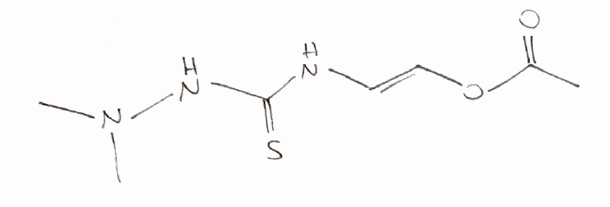
Simplified molecular-input line-entry system (SMILES) notation of the given molecule:
CC(=O)O/C=C/NC(=S)NN(C)C